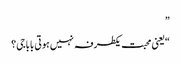
”
“یعنی محبت یکطرفہ نہیں ہوتی باباجی؟